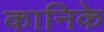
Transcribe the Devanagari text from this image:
कानिके